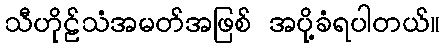
သီဟိုဠ်သံအမတ်အဖြစ် အပို့ခံရပါတယ်။